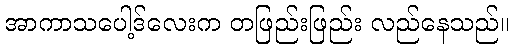
အာကာသပေါ့ဒ်လေးက တဖြည်းဖြည်း လည်နေသည်။